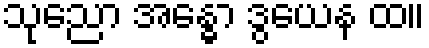
သုညော အန္ဓော ဒွယေန ထ။